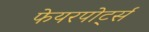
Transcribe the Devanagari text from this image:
फेयरपोर्ट्स